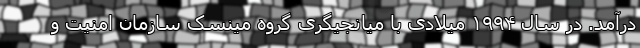
درآمد. در سال ۱۹۹۴ میلادی با میانجیگری گروه مینسک سازمان امنیت و